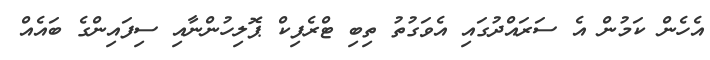
އެހެން ކަމުން އެ ސަރައްދުގައި އެވަގުތު ތިބި ޓްރެފިކް ޕޮލިހުންނާއި ސިފައިންގެ ބައެއް